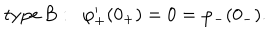
\mathrm { t y p e \ B } : ~ ~ \varphi _ { + } ^ { \prime } ( 0 _ { + } ) = 0 = \varphi _ { - } ( 0 _ { - } ) .